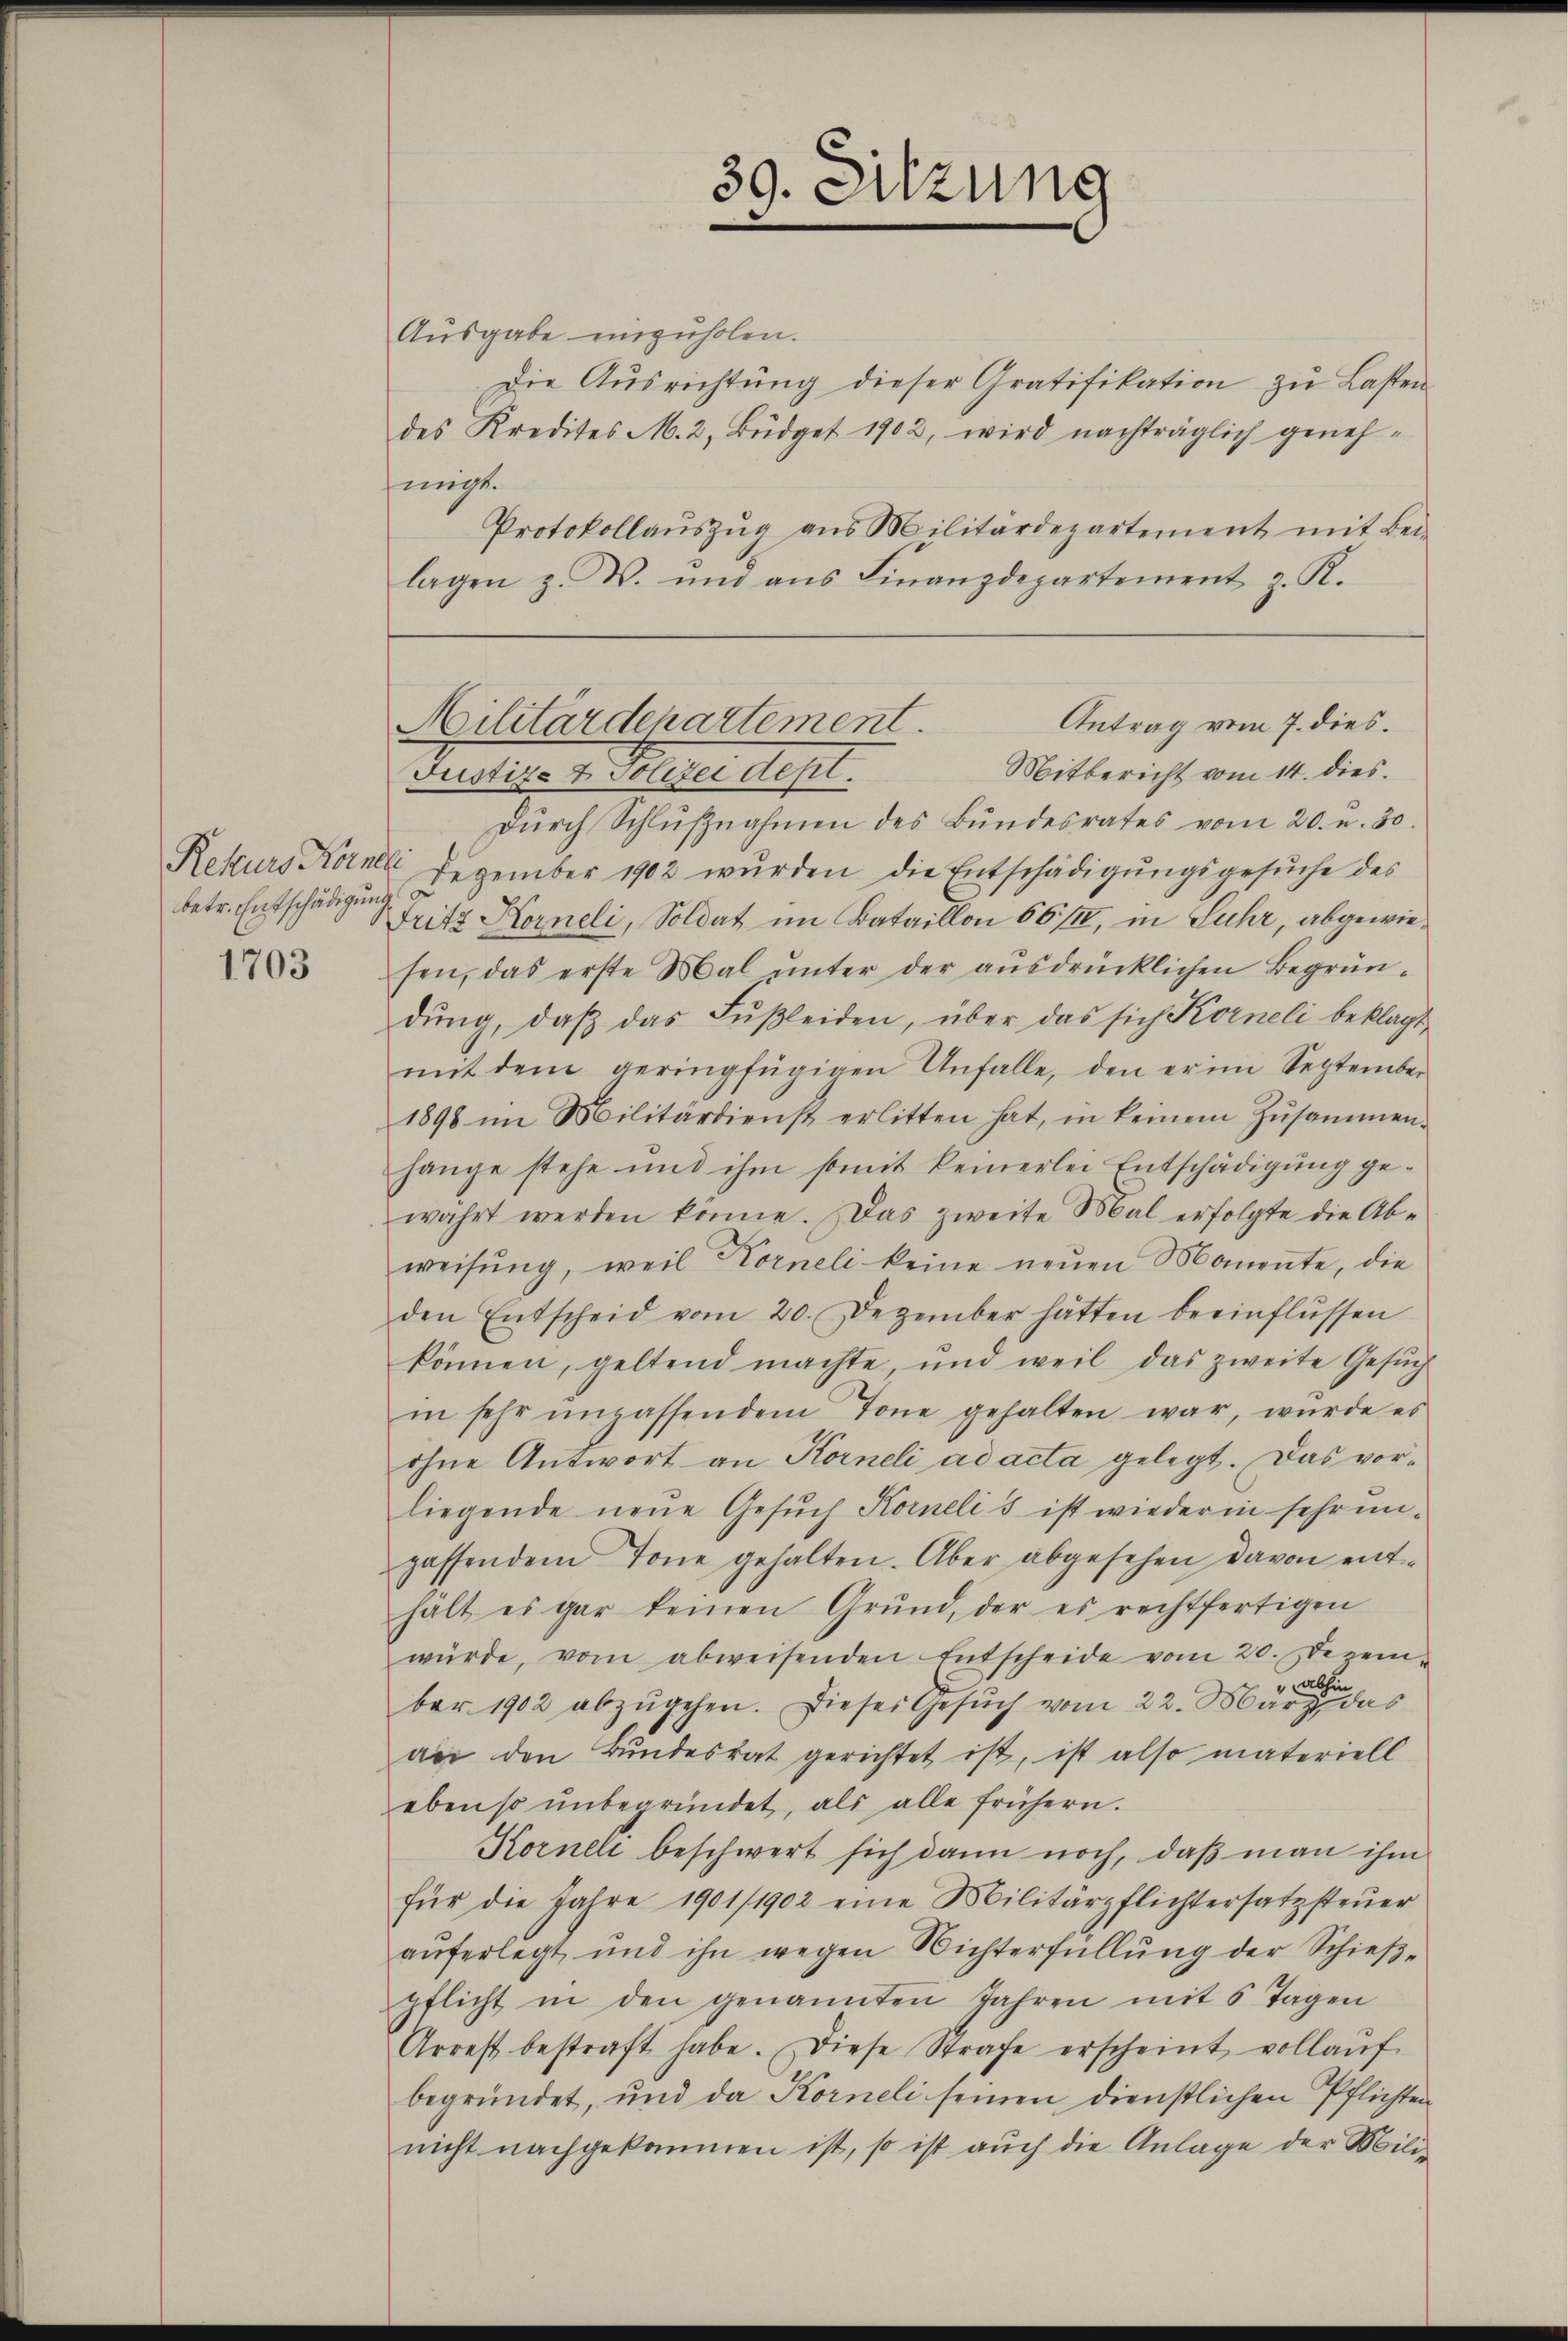
betr. Entschädigung

1703

Ausgabe einzuholen.
Die Aŭsrichtŭng dieser Gratifikation zŭ Lasten
des Kredites M. 2, Büdget 1902, wird nachträglich geneh-
jingt.
Protokollaŭszŭg ans Militärdepartement mit Bei-
lagen z. B. und ans Finanzdepartement z. R.

Dŭrch Schlŭβnahmen des Bundesrates vom 20. u. 30.
Rekurs Korneli Dezember 1902 wŭrden die Entschädigŭngsgesŭche des
Fritz Korneli, Soldat im Bataillon 66/II, in Suhr, abgewiesen, das erste Mal ŭnter der aŭsdrücklichen Begrün-
dŭng, daβ das Fŭβleiden, über das sich Korneli beklagt
mit dem geringfügigen Unfalle, den er im September
1898 im Militärdienst erlitten hat, in keinem Zŭsammen-
hange stehe und ihm somit keinerlei Entschädigŭng ge-
wahrt werden könne. Das zweite Mal erfolgte die Ab-
weisŭng, weil Korneli keine neŭen Momente, die
den Entscheid vom 20. Dezember hätten beeinflüssen
können, geltend machte, und weil das zweite Gesŭch
in sehr unpassendem Tone gehalten war, wurde es
ohne Antwort an Korneli ad acta gelegt. Das vorliegende neue Gesŭch Kornelis ist wieder in sehr un-
passendem Tone gehalten. Aber abgesehen davon ent-
halt es gar keinen Grŭnd, der es rechtfertigen
würde, vom abweisenden Entscheide vom 20. Dezem-
abhin
.
bar 1902 abzugehen. Dieses Gesuch vom 22. März das
an den Bundesrat gerichtet ist, ist also materiell
ebenso ŭnbegründet, als alle frühern.
Korneli beschwert sich dann noch, daß man ihm
für die Jahre 1901/1902 eine Militärpflichtersatzsteŭer
auferlegt, und ihn wegen Wichterfüllung der Schieß-
pflicht in den genannten Jahren mit 5 Tagen
Arrest bestraft habe. Diese Strafe erscheint vollaŭf
begründet, und da Korneli seinen dienstlichen Pflichten
nicht nachgekommen ist, so ist auch die Anlage der Mili-

39. Sitzung

Antrag vom 7. dies.
Militärdepartement.
Mitbericht vom 14. dies
Justiz- & Polizei depl.